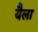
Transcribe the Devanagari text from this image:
यैला